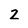
Character: 2